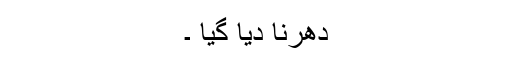
دھرنا دیا گیا ۔